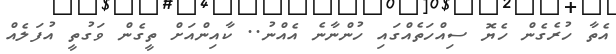
އެތާ ހުރެގެން ހެޔޮ ސިއްހަތެއްގައި ހުންނާނެ އެއްނު.. ކާއިންއަށް ތީގެން ވަގުތީ އުފަލެއް